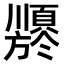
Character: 𬱍